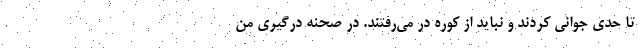
تا حدی جوانی کردند و نباید از کوره در می‌رفتند. در صحنه درگیری من